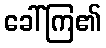
ခေါ်ကြ၏